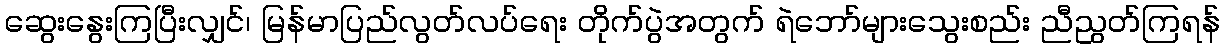
ဆွေးနွေးကြပြီးလျှင်၊ မြန်မာပြည်လွတ်လပ်ရေး တိုက်ပွဲအတွက် ရဲဘော်များသွေးစည်း ညီညွတ်ကြရန်